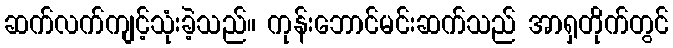
ဆက်လက်ကျင့်သုံးခဲ့သည်။ ကုန်းဘောင်မင်းဆက်သည် အာရှတိုက်တွင်